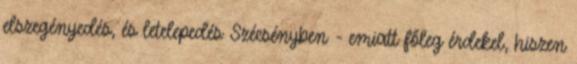
elszegényedés, és letelepedés Szécsényben - emiatt főleg érdekel, hiszen